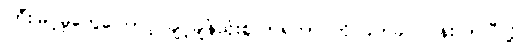
ကြီးမြင့်မှုတွေကြောင့် ချင့်ချိန်သုံးစွဲလာရတာ ကို ခက်ခဲပင်ပန်းလာပြီလို့